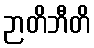
ဉာတိဘီတိ